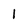
Character: l